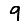
Digit: 9